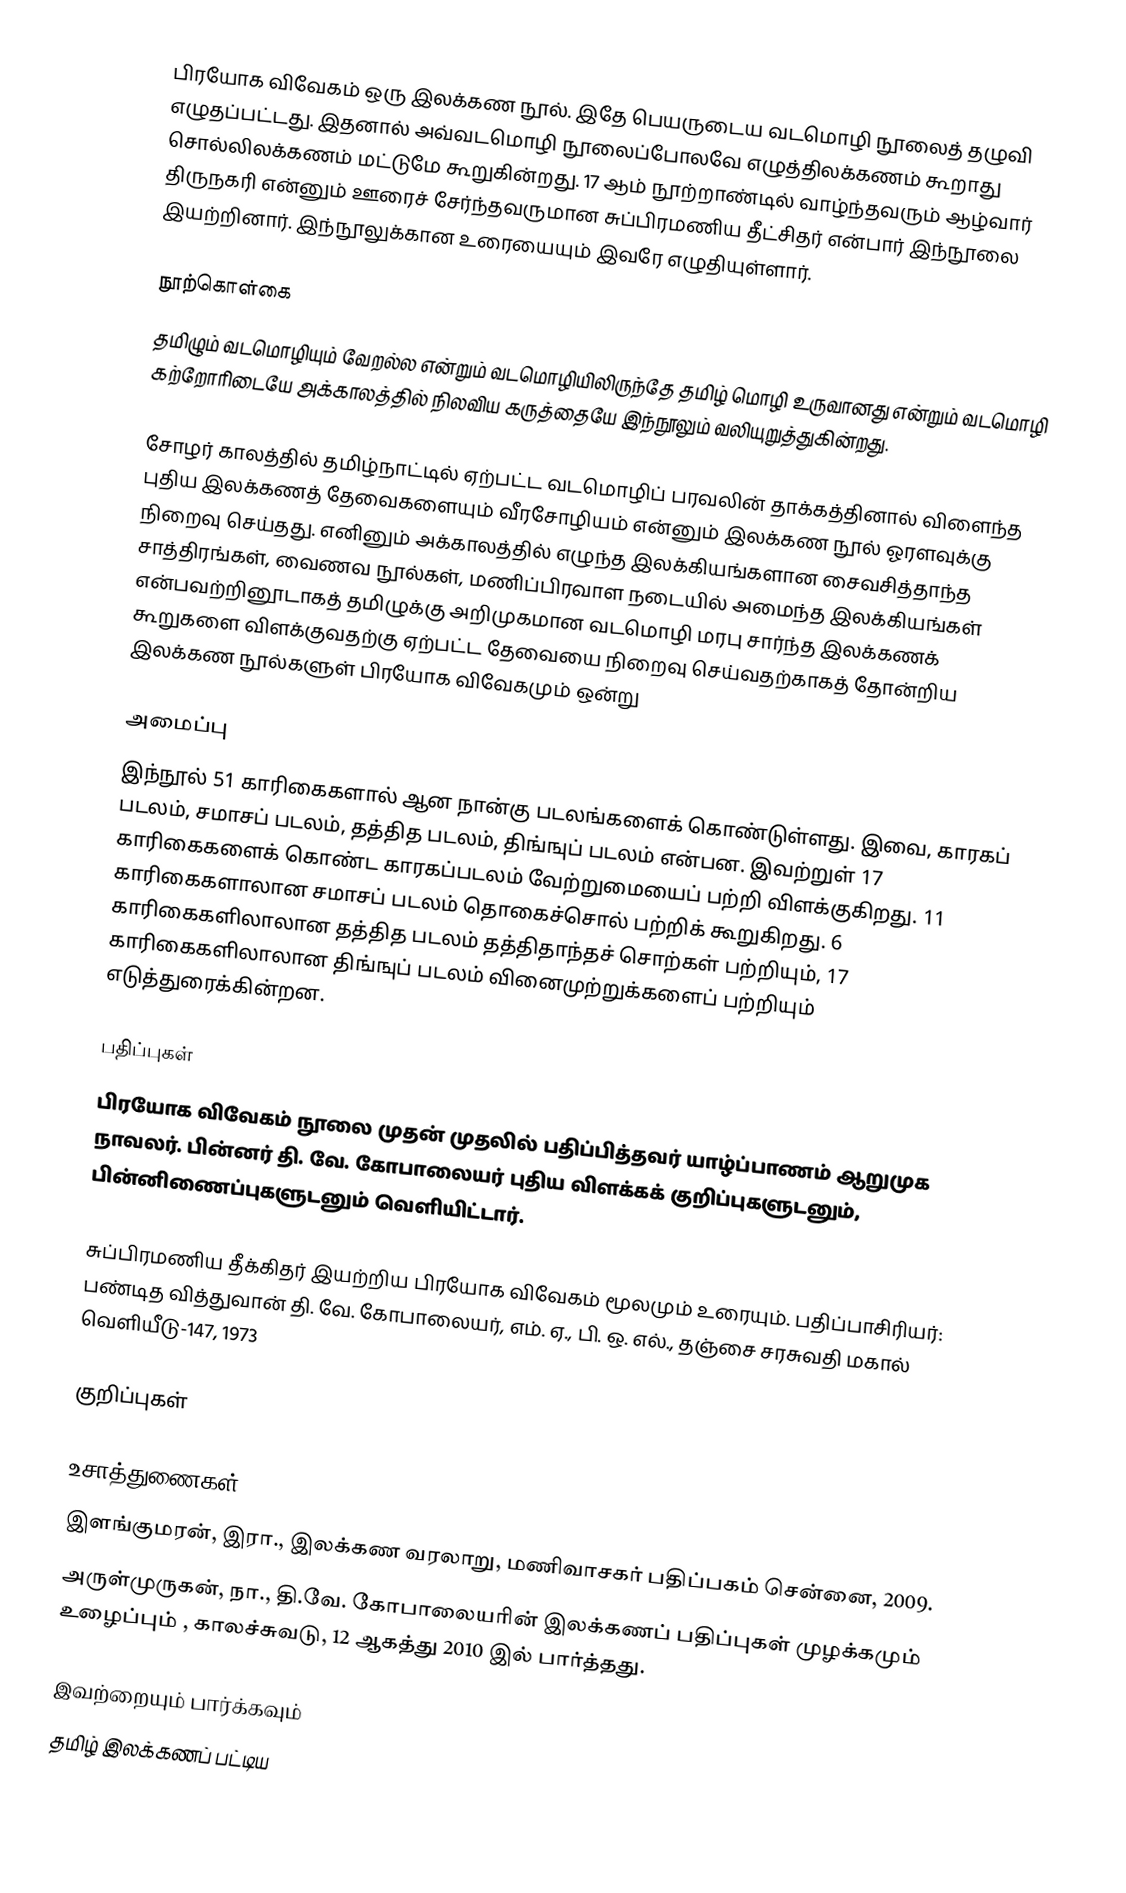
பிரயோக விவேகம் ஒரு இலக்கண நூல். இதே பெயருடைய வடமொழி நூலைத் தழுவி எழுதப்பட்டது. இதனால் அவ்வடமொழி நூலைப்போலவே எழுத்திலக்கணம் கூறாது சொல்லிலக்கணம் மட்டுமே கூறுகின்றது. 17 ஆம் நூற்றாண்டில் வாழ்ந்தவரும் ஆழ்வார் திருநகரி என்னும் ஊரைச் சேர்ந்தவருமான சுப்பிரமணிய தீட்சிதர் என்பார் இந்நூலை இயற்றினார். இந்நூலுக்கான உரையையும் இவரே எழுதியுள்ளார்.

நூற்கொள்கை
தமிழும் வடமொழியும் வேறல்ல என்றும் வடமொழியிலிருந்தே தமிழ் மொழி உருவானது என்றும் வடமொழி கற்றோரிடையே அக்காலத்தில் நிலவிய கருத்தையே இந்நூலும் வலியுறுத்துகின்றது.

சோழர் காலத்தில் தமிழ்நாட்டில் ஏற்பட்ட வடமொழிப் பரவலின் தாக்கத்தினால் விளைந்த புதிய இலக்கணத் தேவைகளையும் வீரசோழியம் என்னும் இலக்கண நூல் ஓரளவுக்கு நிறைவு செய்தது. எனினும் அக்காலத்தில் எழுந்த இலக்கியங்களான சைவசித்தாந்த சாத்திரங்கள், வைணவ நூல்கள், மணிப்பிரவாள நடையில் அமைந்த இலக்கியங்கள் என்பவற்றினூடாகத் தமிழுக்கு அறிமுகமான வடமொழி மரபு சார்ந்த இலக்கணக் கூறுகளை விளக்குவதற்கு ஏற்பட்ட தேவையை நிறைவு செய்வதற்காகத் தோன்றிய இலக்கண நூல்களுள் பிரயோக விவேகமும் ஒன்று

அமைப்பு
இந்நூல் 51 காரிகைகளால் ஆன  நான்கு படலங்களைக் கொண்டுள்ளது. இவை, காரகப் படலம், சமாசப் படலம், தத்தித படலம், திங்ஙுப் படலம் என்பன. இவற்றுள் 17 காரிகைகளைக் கொண்ட காரகப்படலம் வேற்றுமையைப் பற்றி விளக்குகிறது. 11 காரிகைகளாலான சமாசப் படலம் தொகைச்சொல் பற்றிக் கூறுகிறது. 6 காரிகைகளிலாலான தத்தித படலம் தத்திதாந்தச் சொற்கள் பற்றியும், 17 காரிகைகளிலாலான திங்ஙுப் படலம் வினைமுற்றுக்களைப் பற்றியும் எடுத்துரைக்கின்றன.

பதிப்புகள்
பிரயோக விவேகம் நூலை முதன் முதலில் பதிப்பித்தவர் யாழ்ப்பாணம் ஆறுமுக நாவலர். பின்னர் தி. வே. கோபாலையர் புதிய விளக்கக் குறிப்புகளுடனும், பின்னிணைப்புகளுடனும் வெளியிட்டார்.

 சுப்பிரமணிய தீக்கிதர் இயற்றிய பிரயோக விவேகம் மூலமும் உரையும். பதிப்பாசிரியர்: பண்டித வித்துவான் தி. வே. கோபாலையர், எம். ஏ., பி. ஒ. எல்., தஞ்சை சரசுவதி மகால் வெளியீடு-147, 1973

குறிப்புகள்

உசாத்துணைகள்
 இளங்குமரன், இரா., இலக்கண வரலாறு, மணிவாசகர் பதிப்பகம் சென்னை, 2009.
 அருள்முருகன், நா., தி.வே. கோபாலையரின் இலக்கணப் பதிப்புகள் முழக்கமும் உழைப்பும் , காலச்சுவடு, 12 ஆகத்து 2010 இல் பார்த்தது.

இவற்றையும் பார்க்கவும்
 தமிழ் இலக்கணப் பட்டிய